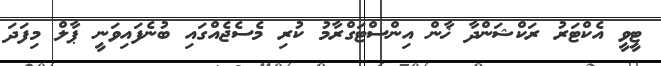
ޓީވީ އެކްޓަރު ރަކްޝަންދާ ޚާން އިންސްޓަގްރާމު ކުރި މެސެޖެއްގައި ބުނެފައިވަނީ ޕާލް މިފަދަ